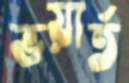
ভয়ার্ত